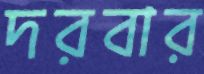
দরবার